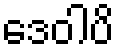
ဒေဝါပိ